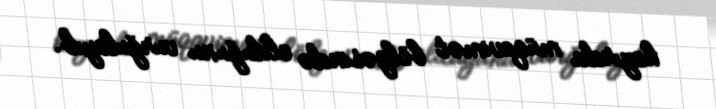
hazırda müqavimət bölgəsində olduğunu vurğulayıb.